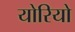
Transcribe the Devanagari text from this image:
योरियो